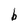
Character: b